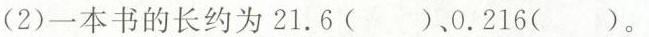
(2)一本书的长约为21.6( )、0.216( )。